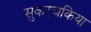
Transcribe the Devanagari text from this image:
सुकरचकिया